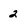
Character: 2